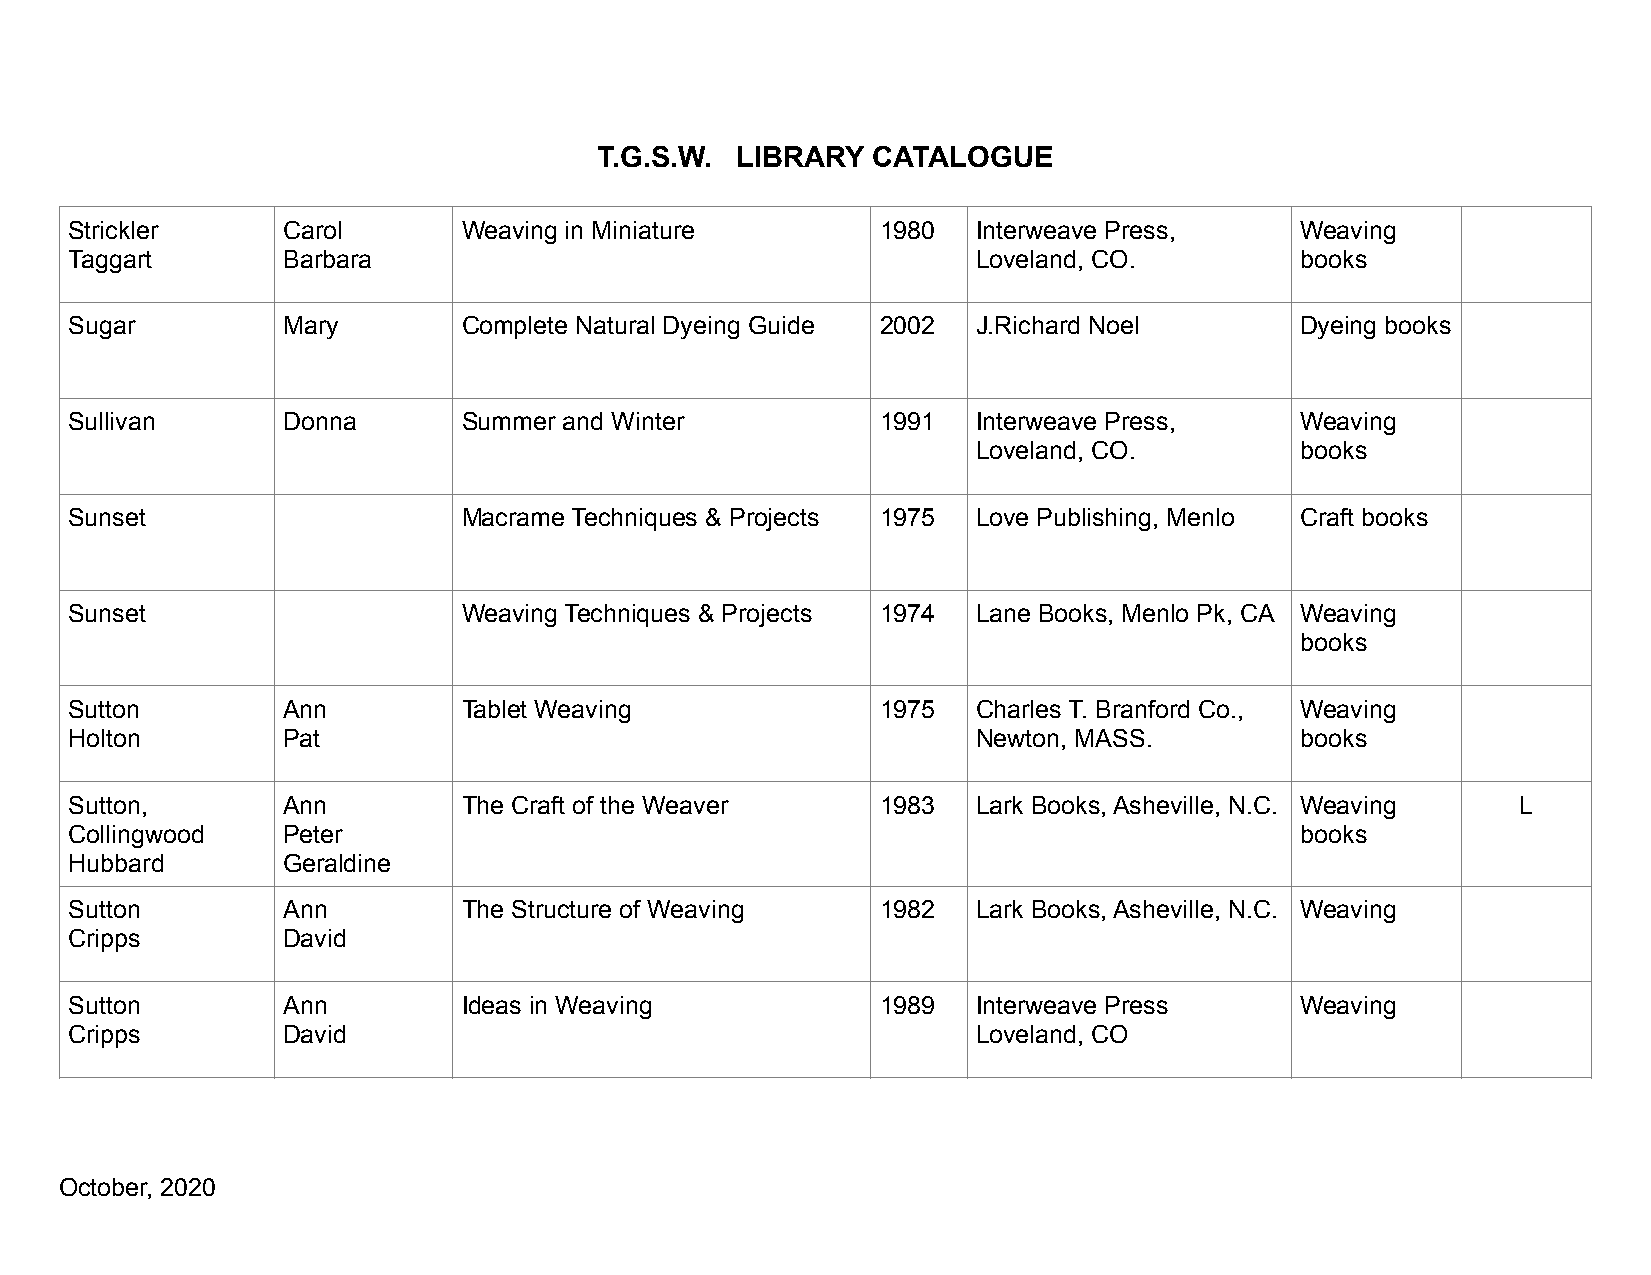
T.G.S.W. LIBRARY  CATALOGUE
 Strickler     Carol       Weaving in Miniature       1980   Interweave Press,    Weaving
 Taggart       Barbara                                       Loveland, CO.        books
 Sugar         Mary        Complete Natural Dyeing Guide 2002 J.Richard Noel      Dyeing books
 Sullivan      Donna       Summer and Winter          1991   Interweave Press,    Weaving
 Loveland, CO.        books
 Sunset                    Macrame Techniques & Projects 1975 Love Publishing, Menlo Craft books
 Sunset                    Weaving Techniques & Projects 1974 Lane Books, Menlo Pk, CA Weaving
 books
 Sutton        Ann         Tablet Weaving             1975   Charles T. Branford Co., Weaving
 Holton        Pat                                           Newton, MASS.        books
 Sutton,       Ann         The Craft of the Weaver    1983   Lark Books, Asheville, N.C. Weaving L
 Collingwood   Peter                                                              books
 Hubbard       Geraldine
 Sutton        Ann         The Structure of Weaving   1982   Lark Books, Asheville, N.C. Weaving
 Cripps        David
 Sutton        Ann         Ideas in Weaving           1989   Interweave Press     Weaving
 Cripps        David                                         Loveland, CO
 October, 2020